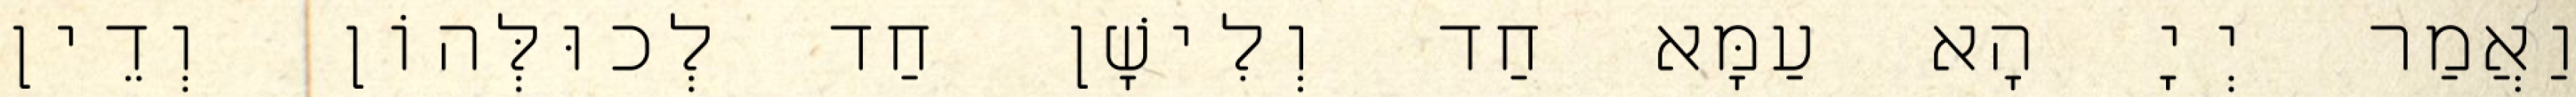
וַאֲמַר יְיָ הָא עַמָּא חַד וְלִישָׁן חַד לְכוּלְּהוֹן וְדֵין